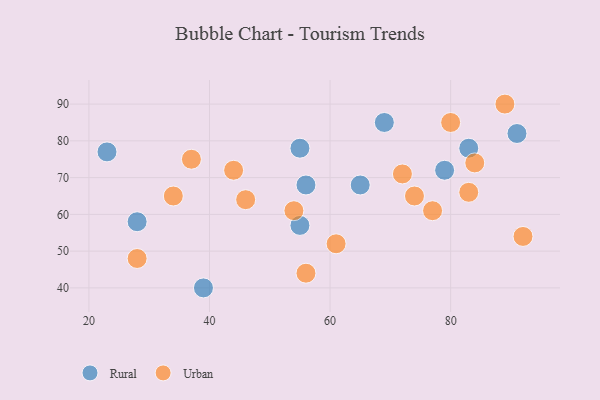
{"axis": {"x": "GDP", "y": "Life Expectancy"}, "legend": ["Rural", "Urban"], "data": [{"x": "55", "y": 57, "type": "Rural"}, {"x": "65", "y": 68, "type": "Rural"}, {"x": "91", "y": 82, "type": "Rural"}, {"x": "23", "y": 77, "type": "Rural"}, {"x": "28", "y": 58, "type": "Rural"}, {"x": "39", "y": 40, "type": "Rural"}, {"x": "69", "y": 85, "type": "Rural"}, {"x": "56", "y": 68, "type": "Rural"}, {"x": "55", "y": 78, "type": "Rural"}, {"x": "83", "y": 78, "type": "Rural"}, {"x": "79", "y": 72, "type": "Rural"}, {"x": "74", "y": 65, "type": "Urban"}, {"x": "54", "y": 61, "type": "Urban"}, {"x": "83", "y": 66, "type": "Urban"}, {"x": "77", "y": 61, "type": "Urban"}, {"x": "84", "y": 74, "type": "Urban"}, {"x": "28", "y": 48, "type": "Urban"}, {"x": "34", "y": 65, "type": "Urban"}, {"x": "37", "y": 75, "type": "Urban"}, {"x": "56", "y": 44, "type": "Urban"}, {"x": "61", "y": 52, "type": "Urban"}, {"x": "80", "y": 85, "type": "Urban"}, {"x": "44", "y": 72, "type": "Urban"}, {"x": "46", "y": 64, "type": "Urban"}, {"x": "92", "y": 54, "type": "Urban"}, {"x": "72", "y": 71, "type": "Urban"}, {"x": "89", "y": 90, "type": "Urban"}]}